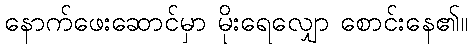
နောက်ဖေးဆောင်မှာ မိုးရေလျှော စောင်းနေ၏။